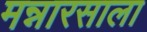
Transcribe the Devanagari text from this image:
मन्नारसाला